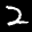
Label: 2